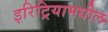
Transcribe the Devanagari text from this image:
इरिट्रियामधील